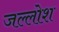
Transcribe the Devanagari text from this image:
जल्लोश